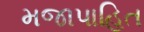
મજાપાહિત